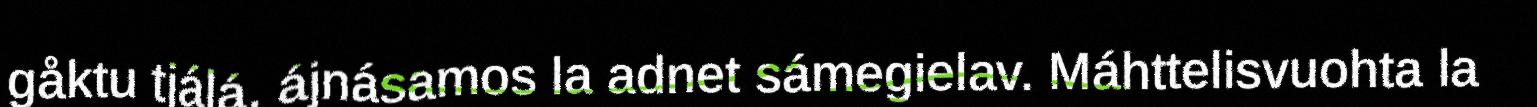
gåktu tjálá, ájnásamos la adnet sámegielav. Máhttelisvuohta la